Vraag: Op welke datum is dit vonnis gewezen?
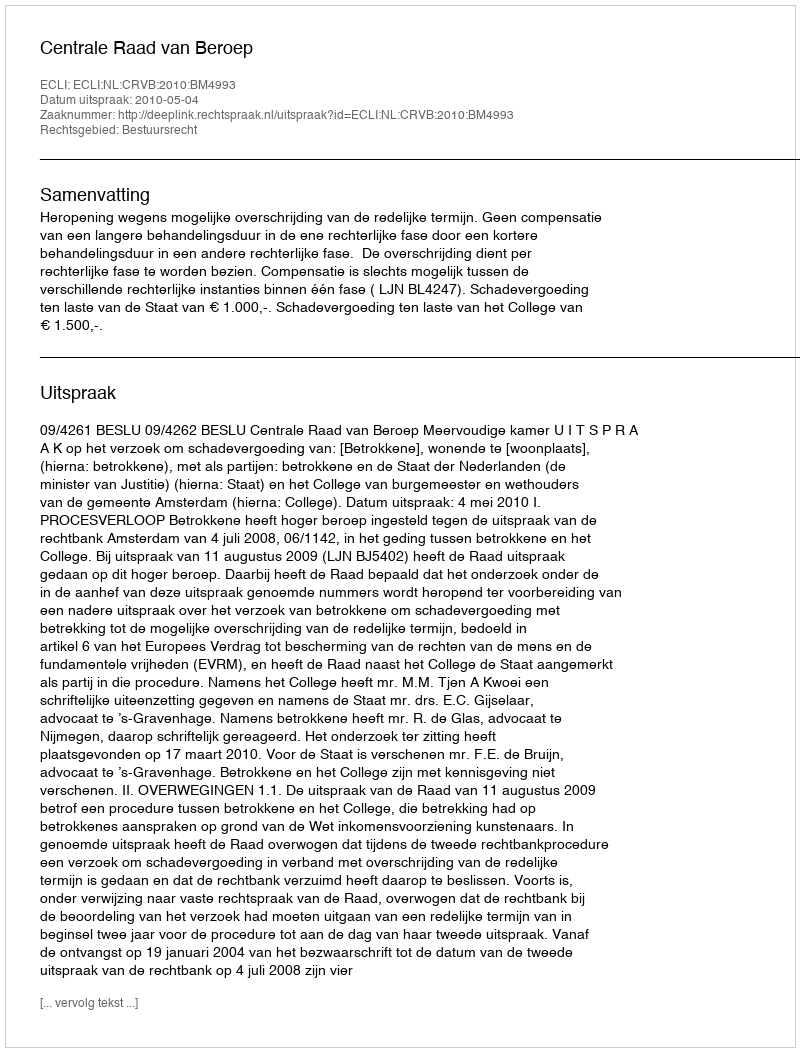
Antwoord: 2010-05-04